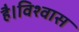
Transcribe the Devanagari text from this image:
है।विश्वास